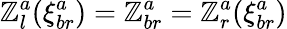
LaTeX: \mathbb{Z}_{l}^{a}(\xi_{br}^{a})=\mathbb{Z}_{br}^{a}=\mathbb{Z}_{r}^{a}(\xi_{br}^{a})